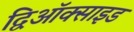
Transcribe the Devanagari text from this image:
द्विऑक्साइड